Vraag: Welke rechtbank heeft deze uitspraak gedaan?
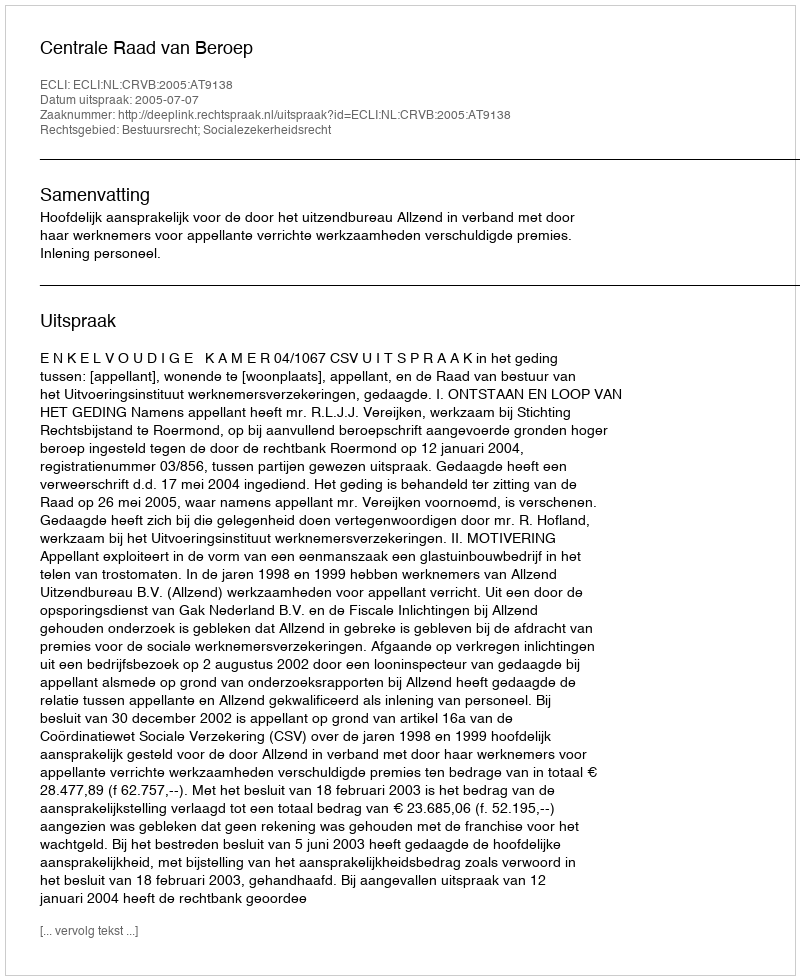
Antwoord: Centrale Raad van Beroep